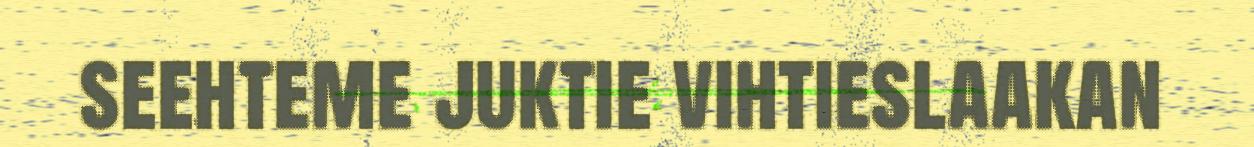
seehteme juktie vihtieslaakan